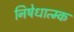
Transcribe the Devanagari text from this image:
निषेधात्म्क